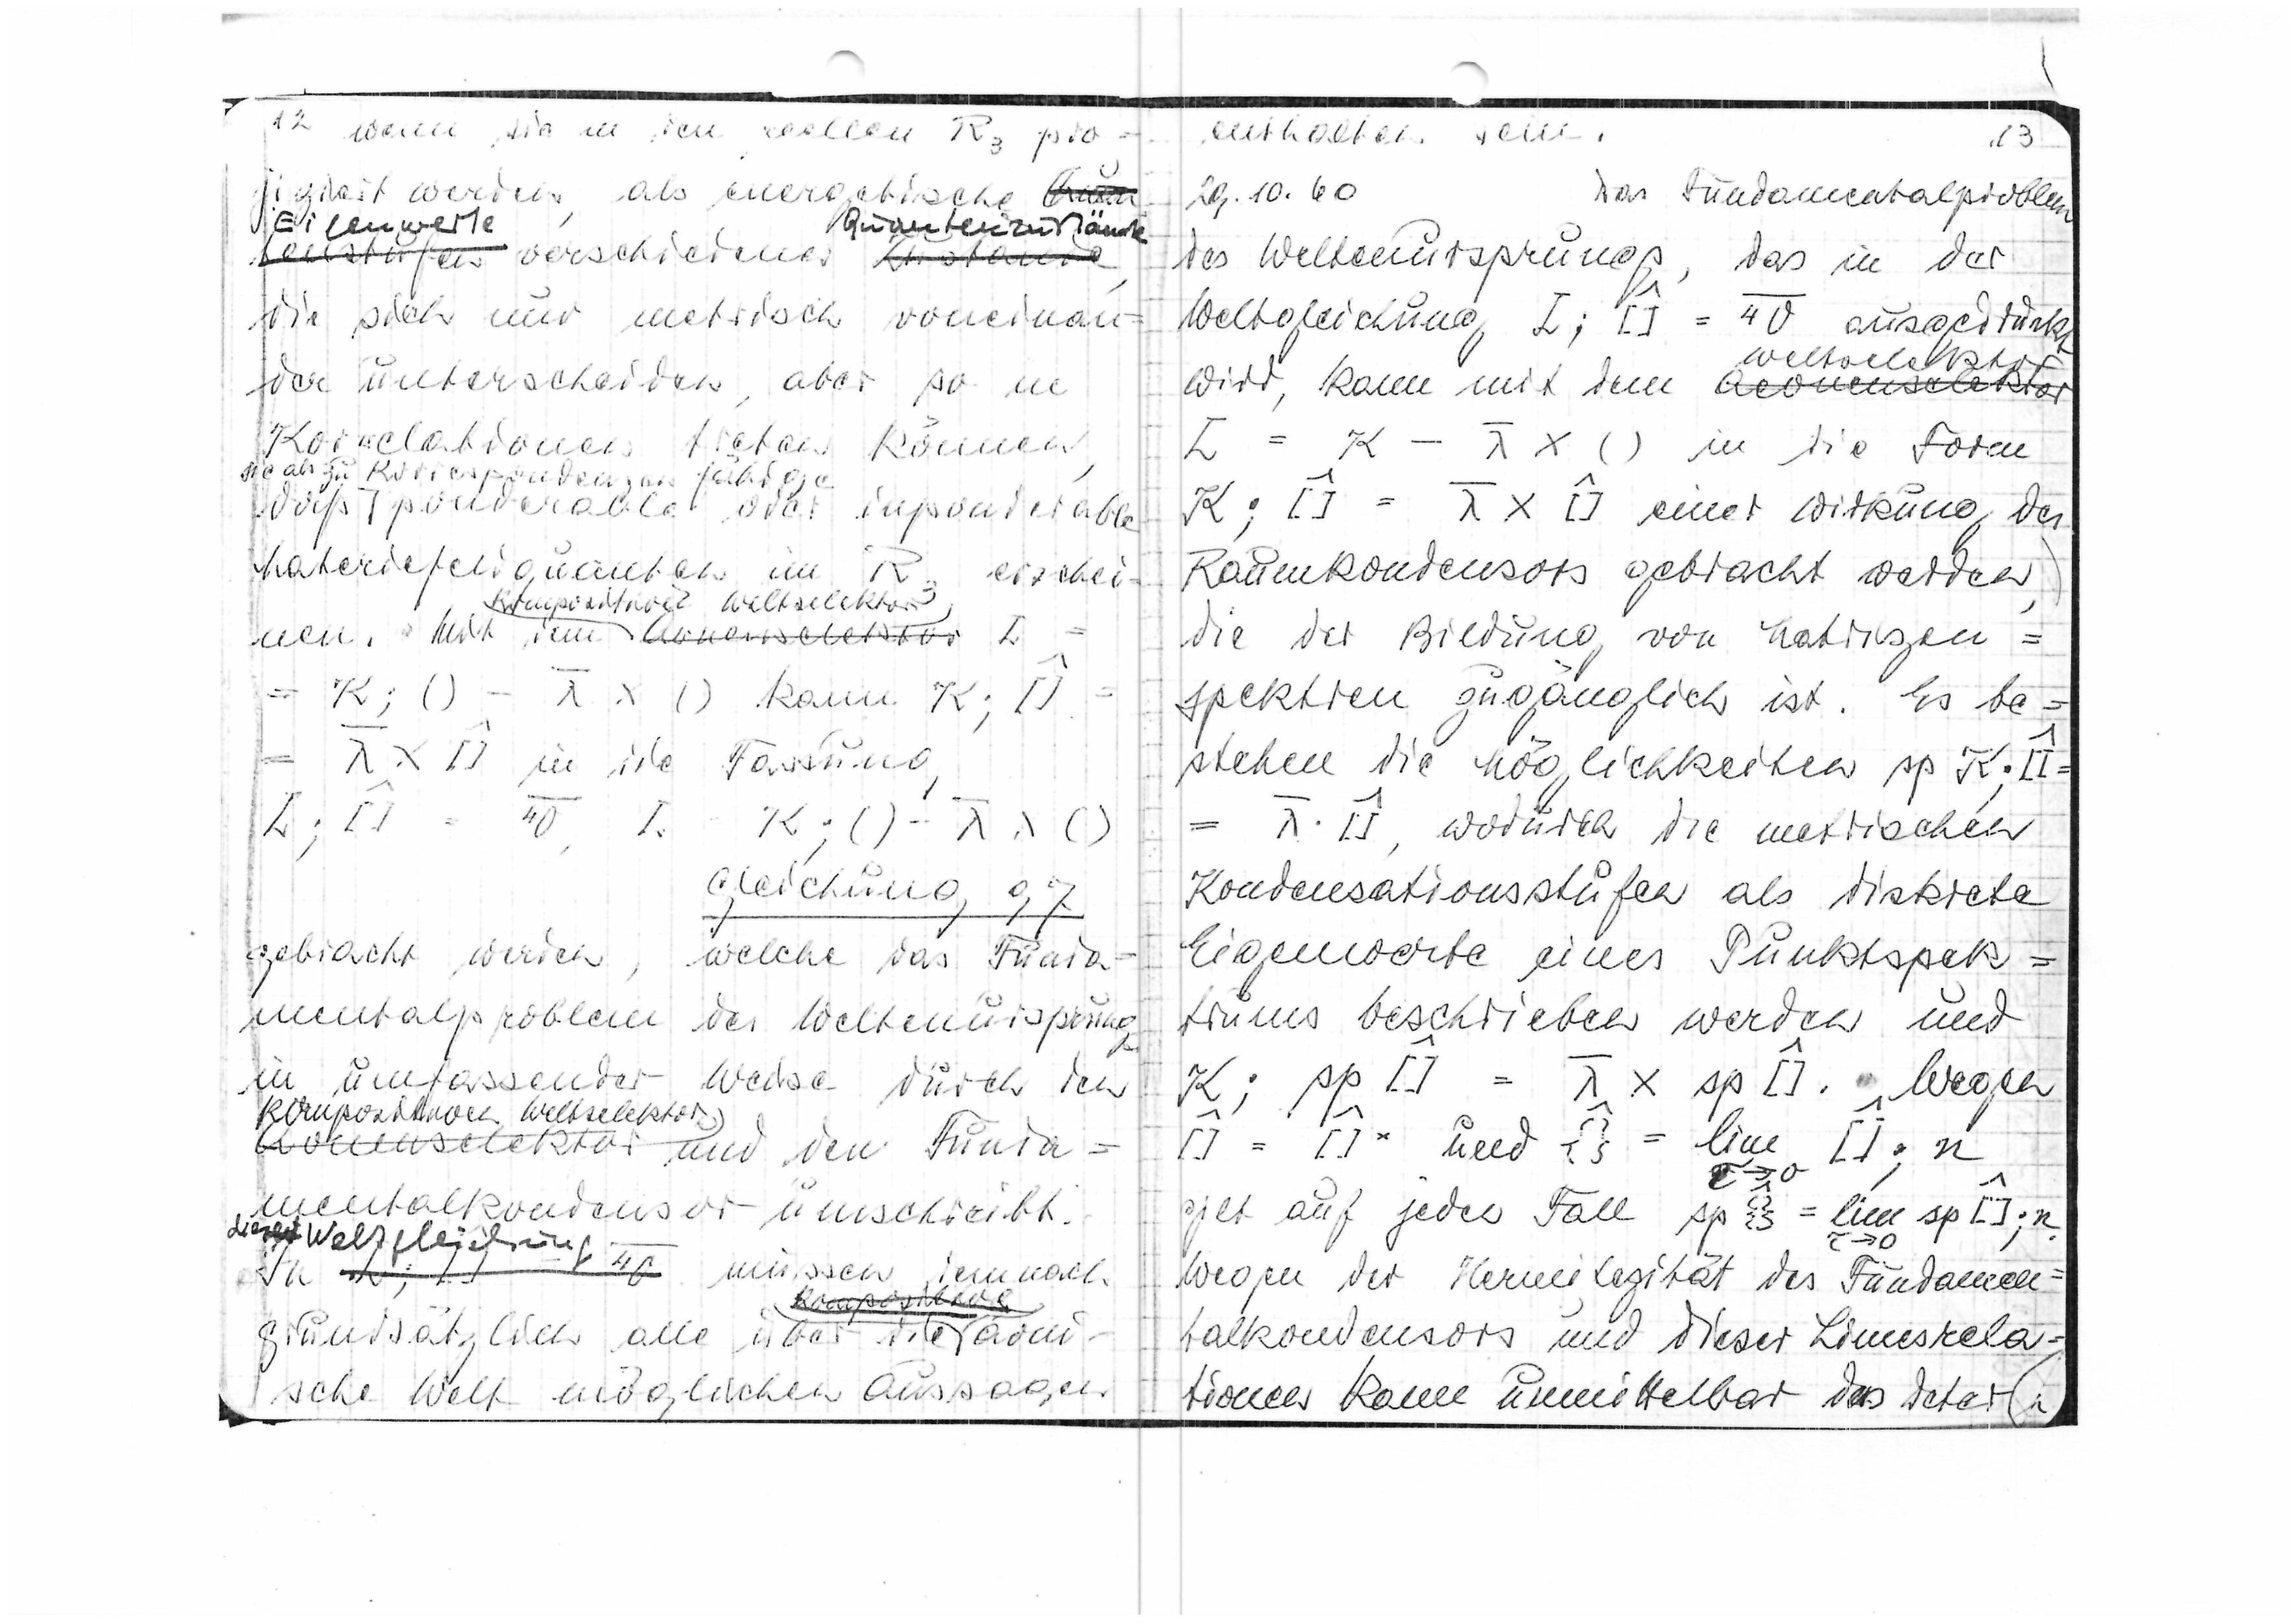
12 wenn sie in den reellen R3 pro
jiziert werden, als energetische
Eigenwerte
Quantenzustände
verschiedener
die sich nur metrisch
voneinan
der unterscheiden, aber so in
Korrelationen treten
können
sie als zu Korrespondenzen fähigen
daß ponderable oder imponderable
Materiefeldquanten im R
erschei
strukturell Weltselektor
nen. Mit dem L =
Fassung
Gleichung 97
gebracht werden,
welche das Funda
mentalproblem
des Weltenurpsrung
in umfassender
Weise durch den
kompositiven Weltselektor
=
und den Funda
mentalkondensor umschreibt
diese Weltgleichung
müssen demnach
grundsätzlich
alle über die öoni-
sche Welt möglichen Aussagen

enthalten sein.
13
20.10.60
Das Fundamentalproblem
des Weltenursprungs, das in der
Weltgleichung L;[]=4V
ausgedrückt
Weltsele
kto
wird, kann mit dem
in die Form
K;[] = λ x [] einer Wirkung des
Raumkondensors gebracht werden.
die der Rechnung von Matrizen
spektren zugänglich ist. Es be
stehen die Möglichkeiten Δp K;[]=
= λ [], wodurch die metrischen
Kondensationsstufen als diskrete
Eigenwerte eines Punktspek
trums beschrieben werden und
gilt auf jeden Fall Δp{}= lim Δp[];n
wegen der Hermitizität des Fundamen
talkondensors und dieser Limesrela
tionen kann unmittelbar das Selek.